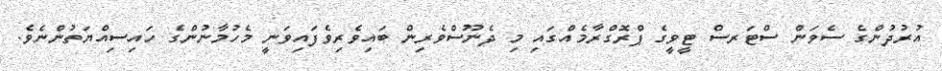
އުރުދުންގެ ސެވަން ސްޓަރސް ޓީވީގެ ޕްރޮގްރާމެއްގައި މި ދެނޫސްވެރިން ބައިވެރިވެފައިވަނީ މެހުމާނުންގެ ހައިސިއްޔަތުންނެވެ.